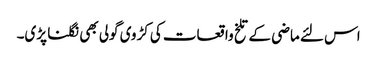
اس لئے ماضی کے تلخ واقعات کی کڑوی گولی بھی نگلنا پڑی۔